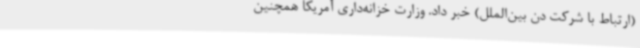
(ارتباط با شرکت دن بین‌الملل) خبر داد. وزارت خزانه‌داری آمریکا همچنین